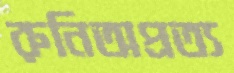
রুনিঅপ্রত্য